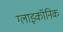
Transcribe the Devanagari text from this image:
ग्लाइकॉनिक